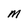
Character: M